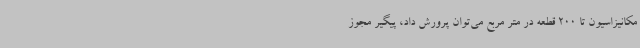
مکانیزاسیون تا 200 قطعه در متر مربع می‌توان پرورش داد، پیگیر مجوز